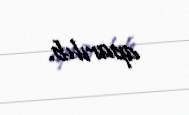
aparılıb.